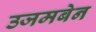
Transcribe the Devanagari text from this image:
उजमबेन